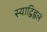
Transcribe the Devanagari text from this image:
स्याद्विह्वलं